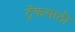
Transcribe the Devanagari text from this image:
ट्रॅकसाठी